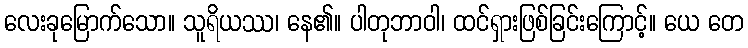
လေးခုမြောက်သော။ သူရိယဿ၊ နေ၏။ ပါတုဘာဝါ၊ ထင်ရှားဖြစ်ခြင်းကြောင့်။ ယေ တေ